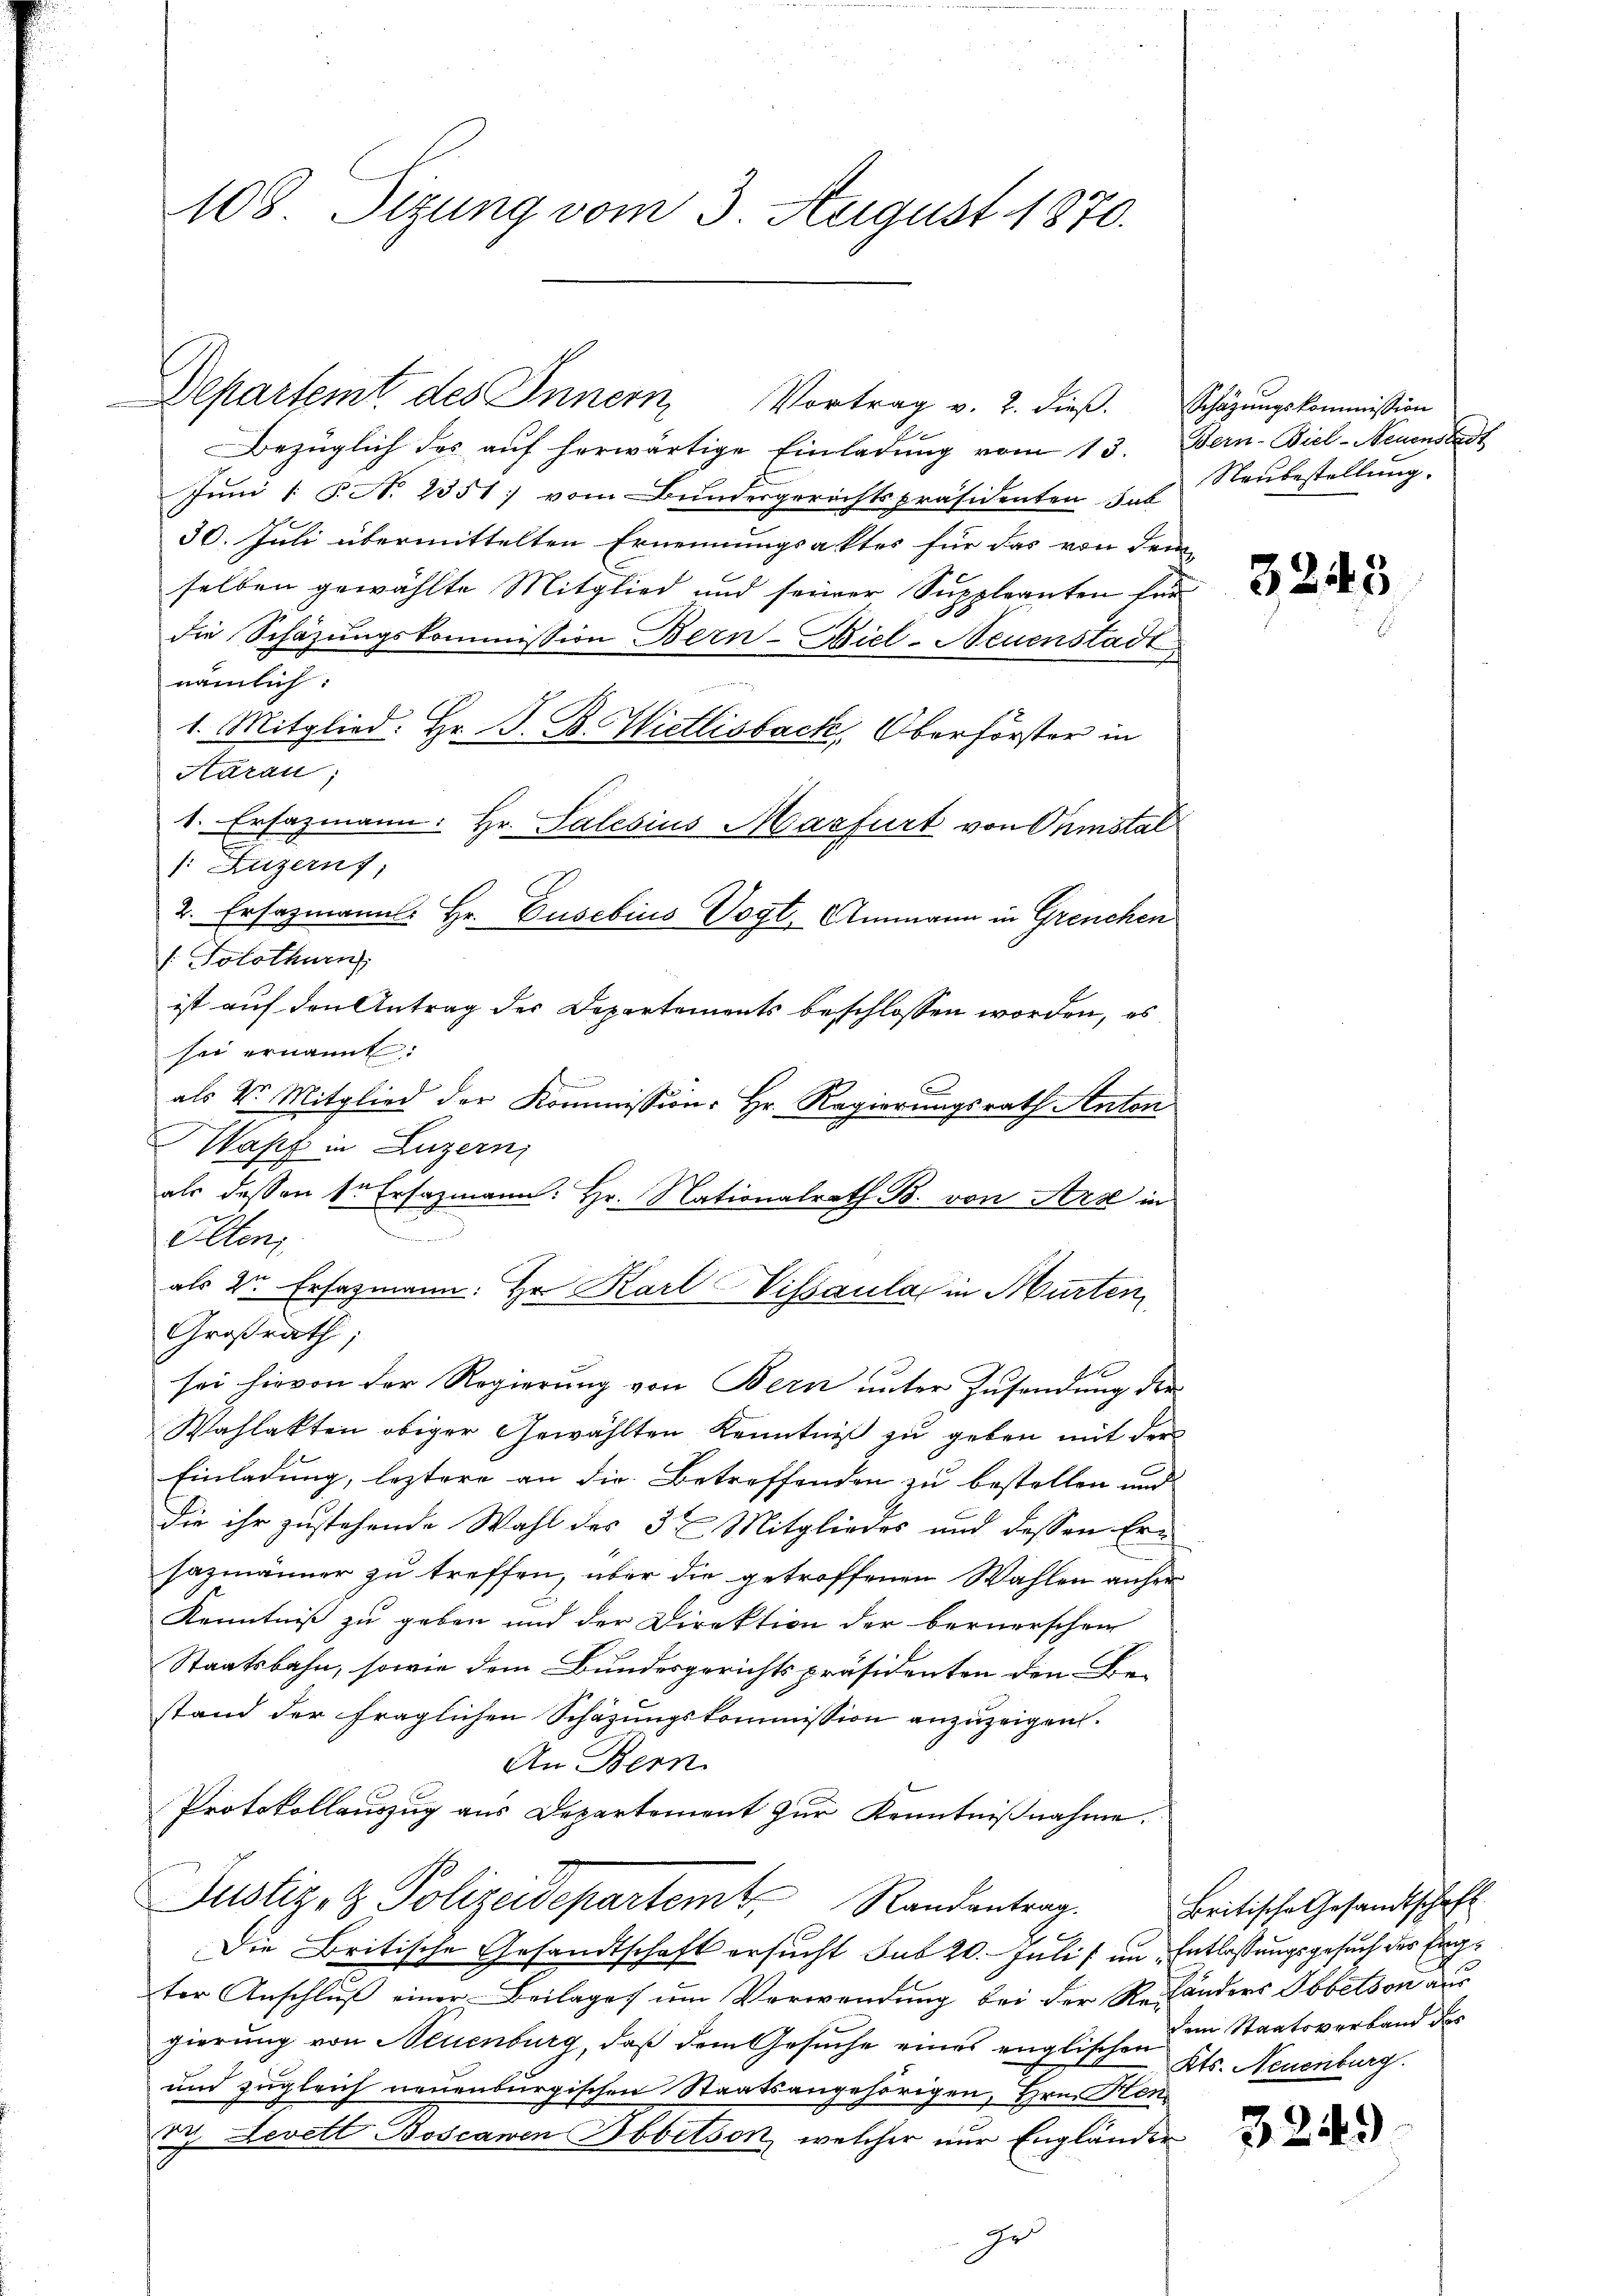
108. Sizung vom 3. August 1870.

Departemt des Innern, Vortrag v. 2. dieβ. Schäzŭngskommission

Bezüglich des auf herwärtige Einladung vom 13. Bern-Biel-Neuenstadt
Juni 1: P. N. 2351) vom Bundesgerichtspräsidenten das Neubestellung.
30. Juli übermittelten Ernennungsaktes für das von dem
selben gewählte Mitglied und seiner Suppleanten kün
die Schazungskommission Bern-Biel-Neuenstadt
nämlich:
1. Mitglied: Hr. B. B. Wietlisback, Oberförster in
Aarau,
1. Ersazmann: Hr. Salesius Marfurt von Ohmstal
1: Luzern,
2. Ersazmanns. Hr. Cusebius Vogt. Ammann in Greuchen
/: Solothurn,
ist auf den Antrag der Departements beschlossen worden, es
sei ernannt:
als Dr. Mitglied der Kommission, Hr. Regierungsrath Anton
Wasz in Luzern
als dessen sr Ersazmann: Hr. Nationalrath B. von Arse in
Olten
als Dr Erfazmann: Hr. Karl Vifsaulas in Murten
Großrath
x
sei hievon der Regierung von Bern unter Zusendung der
Wahlakten obiger Gewählten Kenntniß zu geben mit der
Einladung, leztere an die Betreffenden zu bestellen und
die ihr zustehende Wahl des 3 t Mitgliedes und dessen Ersazmänner zu treffen, über die getroffenen Wahlen anher
Kenntniß zu geben und der Direktion der bernerschen
Staatsbahn, sowie dem Bundesgerichtspräsidenten den Be-
stand der fraglichen Schazungskommission anzuzeigen.
An Bern.
Protokollauszug aus Departement zur Kenntnißnahme.
Justiz- & Polizeidepartemt, Randentrag.
Die Britische Gesandtschaft ersucht sub 20. Juli / in Entlassungsgesuch des Engter Anschluß einer Beilages um Verwendung bei der Rechanders Tobelson aus
gierung von Neuenburg, daß dem Gesuche eines englischen Kts. Neuenburg.
und zugleich neuenburgischen Staatsangehörigen, Hrn. Henry Levett Boscanen Abbitson, welcher nur Engländer
ge

3243

Britische Gesandtschaft
dem Staatsverband des

32.

)